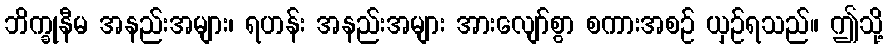
ဘိက္ခုနီမ အနည်းအများ၊ ရဟန်း အနည်းအများ အားလျော်စွာ စကားအစဉ် ယှဉ်ရသည်။ ဤသို့